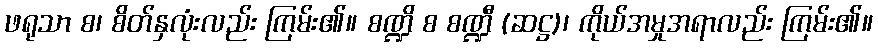
ဖရုသာ စ၊ စိတ်နှလုံးလည်း ကြမ်း၏။ စဏ္ဍိ စ စဏ္ဍီ (ဆဋ္ဌ)၊ ကိုယ်အမှုအရာလည်း ကြမ်း၏။